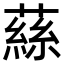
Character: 蕬